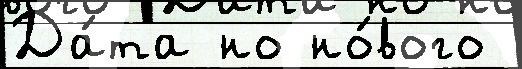
Да́та но но́вого